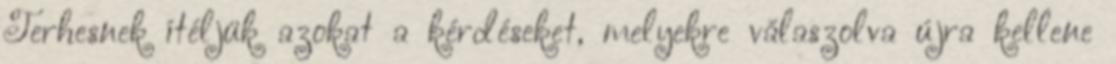
Terhesnek ítéljük azokat a kérdéseket, melyekre válaszolva újra kellene